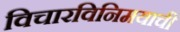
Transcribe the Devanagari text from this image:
विचारविनिमयाची